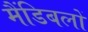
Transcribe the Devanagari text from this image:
मैंडिबलों